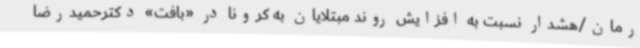
رمان/هشدار نسبت به افزایش روند مبتلایان به کرونا در «بافت» دکترحمیدرضا